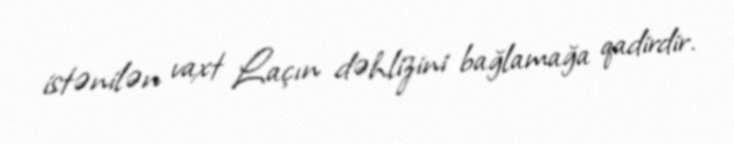
istənilən vaxt Laçın dəhlizini bağlamağa qadirdir.